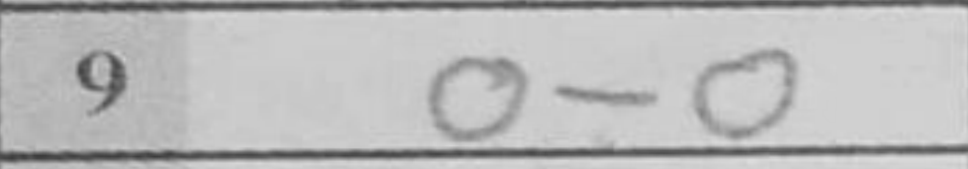
Transcription: O-O